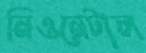
নিওনেটাল